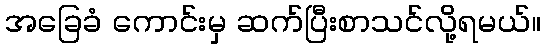
အခြေခံ ကောင်းမှ ဆက်ပြီးစာသင်လို့ရမယ်။